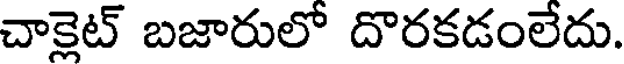
చాక్లెట్ బజారులో దొరకడంలేదు.